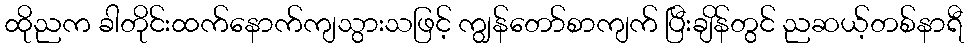
ထိုညက ခါတိုင်းထက်နောက်ကျသွားသဖြင့် ကျွန်တော်စာကျက် ပြီးချိန်တွင် ညဆယ့်တစ်နာရီ